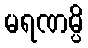
မရဏမ္ပိ